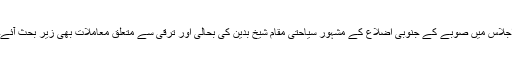
اجلاس میں صوبے کے جنوبی اضلاع کے مشہور سیاحتی مقام شیخ بدین کی بحالی اور ترقی سے متعلق معاملات بھی زیر بحث آئے۔